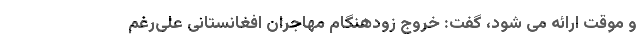
و موقت ارائه می شود، گفت: خروج زودهنگام مهاجران افغانستانی علی‌رغم